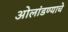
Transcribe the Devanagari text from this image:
ओलांडण्याचे